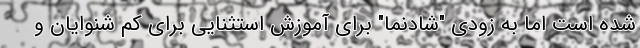
شده است اما به زودی "شادنما" برای آموزش استثنایی برای کم شنوایان و